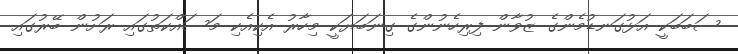
ސަބަބަކީ އަޅުގަނޑުމެންގެ ޒުވާން ފިރިހެނުންގެ ގިނަބަޔަކީ މިހާރު އެކިއެކި މަސައްކަތުގައި ރަށުން ބޭރުގައި